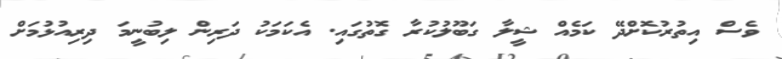
ވެސް އިތުރުކޮށްދޭ ކަމެއް ޝީލާ ގަބޫލުކުރާ ގޮތުގައި. އެކަމަކު ދަރިން ލިބުނީމަ ދިރިއުޅުމަށް